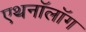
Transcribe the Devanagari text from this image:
एथनॉलॉग